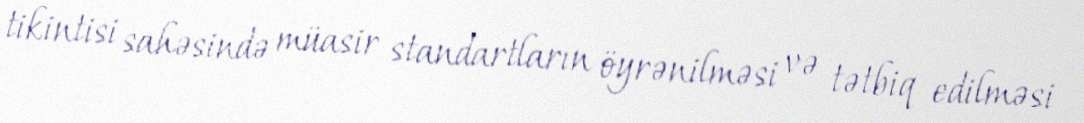
tikintisi sahəsində müasir standartların öyrənilməsi və tətbiq edilməsi